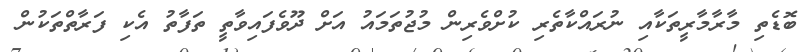
ބޮޑެތި މާރާމާރީތަކާއި ނުރައްކާތެރި ކުށްވެރިން މުޖުތަމައު އަށް ދޫވެފައިވާތީ ތަފާތު އެކި ފަރާތްތަކުން